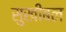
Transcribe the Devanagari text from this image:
सुखीबल